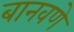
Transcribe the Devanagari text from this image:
बानवणे